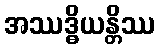
အဿဒ္ဓိယန္တိဿ